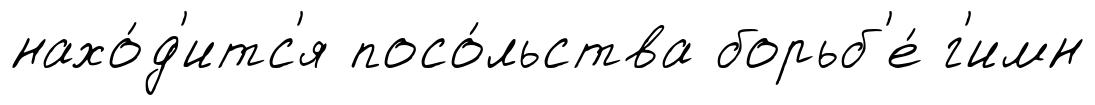
нахо́д'итс'я посо́льства борьб'е́ г'имн